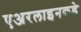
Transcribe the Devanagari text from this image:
एअरलाइनकडे